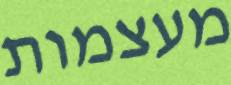
מעצמות